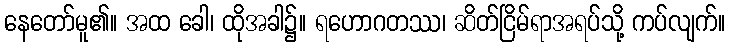
နေတော်မူ၏။ အထ ခေါ၊ ထိုအခါ၌။ ရဟောဂတဿ၊ ဆိတ်ငြိမ်ရာအရပ်သို့ ကပ်လျက်။